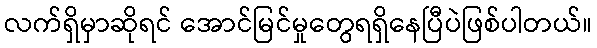
လက်ရှိမှာဆိုရင် အောင်မြင်မှုတွေရရှိနေပြီပဲဖြစ်ပါတယ်။